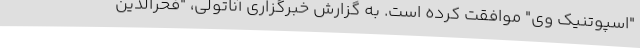
"اسپوتنیک وی" موافقت کرده است. به گزارش خبرگزاری آناتولی، "فخرالدین